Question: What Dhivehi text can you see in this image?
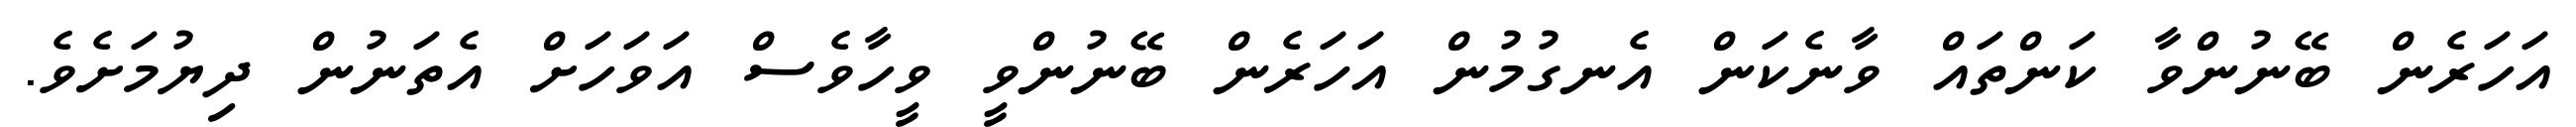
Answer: އަހަރެން ބޭނުންވާ ކަންތައް ވާނެކަން އެނގުމުން އަހަރެން ބޭނުންވީ ވީހާވެސް އަވަހަށް އެތަނުން ދިޔުމަށެވެ.